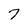
Character: 7